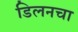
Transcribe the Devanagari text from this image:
डिलनचा